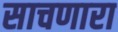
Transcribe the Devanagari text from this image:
साचणारा